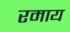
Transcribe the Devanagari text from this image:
रमाय